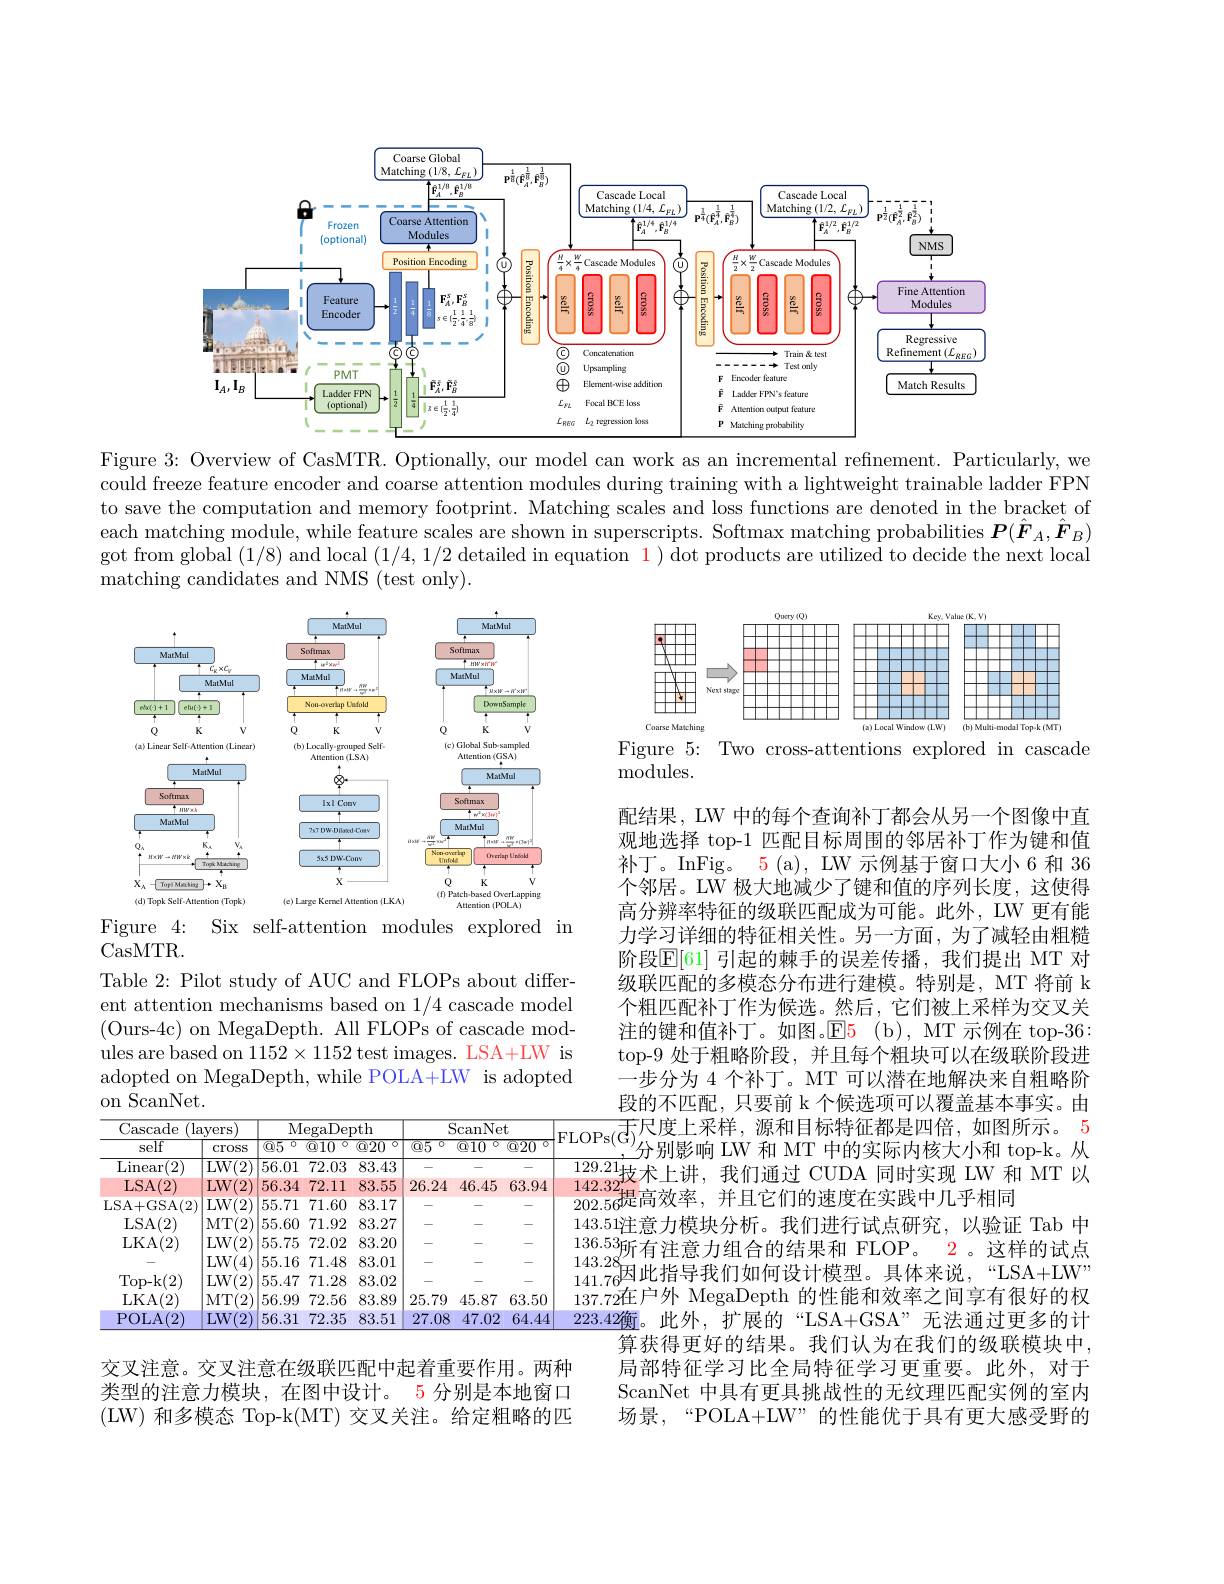
<FigureHere>
Figure 3: Overview of CasMTR

could freeze feature encoder to save the computation and each matching module, while got from global (1/8) and matching candidates and NMS (test only).

<FigureHere>

<FigureHere>

Figure 5: Two cross-attentio
modules.

Figure 4: Six self-attention modules explored in
CasMTR.
Table 2: Pilot study of AUC ent attention mechanisms bas ( Ours- 4c) on MegaDepth. Al ules are based on $1152\times1152$ adopted on MegaDepth, while on $\bar{\text{ScanNet}}.$

配结果，LW 中的每个查询补丁都会从另一个图像中直观地选择 top-1 匹配目标周围的邻居补丁作为键和值补丁。InFig。5 (a), LW 示例基于窗口大小个邻居。LW 极大地减少了键和值的序列长度，这使得高分辨率特征的级联匹配成为可能。此外，LW 更有能力学习详细的特征相关性。另一方面，为了减轻由粗糙阶段$\mathbb{E}[61]$ 引起的棘手的误差传播，我们提出级联匹配的多模态分布进行建模。特别是，MT 将前 k 个粗匹配补丁作为候选。然后，它们被上采样为交叉关注的键和值补丁。如图。$\operatorname{E5}$(b), MT 示例top-9 处于粗略阶段，并且每个粗块可以在级联阶段进一步分为 4 个补丁。MT 可以潜在地解决来自粗略阶
$\frac{\text{段的不匹配，只要前 k个候选项可以覆盖基本事实$。$\frac{\mathrm{LOr~s(O'}\text{分别影响 LW 和 MT 中的实际内核大小和 top-k。从}}{129.21}$技术上讲，我们通过 CUDA 同时实现 LW 和 MT 以202.56提高效率，并且它们的速度在实践中几乎相同143.51注意力模块分析。我们进行试点研究，以验证 T 136.53所 有 注 意 力 组 合 的 结 果 和 FLOP。$143.28_{141.76}^{\prime\prime\text{月任总方五日的结术作 }1\mathrm{~LO1~。~DA+UN"}}$ 141.76因 此 指 导 我 们 如 何 设 计 模 型 。具 体 来 说 , “ LSA+ LW” 137.72在户外 MegaDepth 的性能和效率之间223.42衡。此外，扩展的“LSA+GSA”无法通
算获得更好的结果。我们认为在我们的级联模块中， 局部特征学习比全局特征学习更重要。此外，对于ScanNet 中具有更具挑战性的无纹理匹配实例的室内场景，“POLA+LW”的性能优于具有更大感受野的

<table>
	<tbody>
		<tr>
			<th colspan="2">Cascade (layers</th>
			<th colspan="3">MegaDepth</th>
			<th colspan="3">ScanNet</th>
			<th rowspan="2">FLOPs( G] </th>
		</tr>
		<tr>
			<th>self</th>
			<th>Cross</th>
			<th>$\overline{\textcircled{9}5}$ 0</th>
			<th>$\textcircled{\text{@}10}$</th>
			<th>$\textcircled{\text{@}20}$</th>
			<th>$\textcircled{95}$ 0</th>
			<th>$\textcircled{\text{Q}10}$</th>
			<th>$\textcircled{\text{Q}20}$</th>
		</tr>
		<tr>
			<td>$\operatorname{Linear}$ $\overline{(2)}$</td>
			<td>$LW(:$ ${^{\prime}}$ </td>
			<td>$\overline{56.01}$</td>
			<td>72.03</td>
			<td>83.43</td>
			<td> </td>
			<td> </td>
			<td> </td>
			<td>129.21</td>
		</tr>
		<tr>
			<td>LSA 2</td>
			<td>$LW($ A 100</td>
			<td>56.34</td>
			<td>72.11</td>
			<td>83.55</td>
			<td>26.24</td>
			<td>46.45</td>
			<td>63.94</td>
			<td>142.32</td>
		</tr>
		<tr>
			<td>LSA+ GSA( 2) </td>
			<td>LW( 2</td>
			<td>55.71</td>
			<td>71.60</td>
			<td>83.17</td>
			<td>-</td>
			<td>-</td>
			<td>.</td>
			<td>202.56w</td>
		</tr>
		<tr>
			<td>LSA(2)</td>
			<td>MT(: 2</td>
			<td>55.60</td>
			<td>71.92</td>
			<td>83.27</td>
			<td>.</td>
			<td>-</td>
			<td>-</td>
			<td>143.51注</td>
		</tr>
		<tr>
			<td>LKA( 2) </td>
			<td>LW(2</td>
			<td>55.75</td>
			<td>72.02</td>
			<td>83.20</td>
			<td>.</td>
			<td>-</td>
			<td>-</td>
			<td>136.535</td>
		</tr>
		<tr>
			<td> </td>
			<td>$LW(.$</td>
			<td>55.16</td>
			<td>71.48</td>
			<td>83.01</td>
			<td>.</td>
			<td>-</td>
			<td>-</td>
			<td>143.28</td>
		</tr>
		<tr>
			<td>Top- k( 2) </td>
			<td>LW(2</td>
			<td>55.47</td>
			<td>71.28</td>
			<td>83.02</td>
			<td>.</td>
			<td>-</td>
			<td>-</td>
			<td>141.76</td>
		</tr>
		<tr>
			<td>LKA( 2) </td>
			<td>MT(: 2</td>
			<td>56.99</td>
			<td>72.56</td>
			<td>83.89</td>
			<td>25.79</td>
			<td>45.87</td>
			<td>63.50</td>
			<td>$137.72仕$</td>
		</tr>
		<tr>
			<td>POLA(2)</td>
			<td>$LW(2$</td>
			<td>56.31</td>
			<td>72.35</td>
			<td>83.51</td>
			<td>27.08</td>
			<td>47.02</td>
			<td>64.44</td>
			<td>223.42作</td>
		</tr>
	</tbody>
</table>

交叉注意。交叉注意在级联匹配中起着重要作用。两种类型的注意力模块，在图中设计。5 分别是本地窗口(LW) 和多模态 Top-k(MT) 交叉关注。给定粗